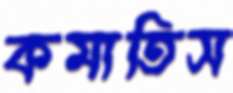
কমাতিস